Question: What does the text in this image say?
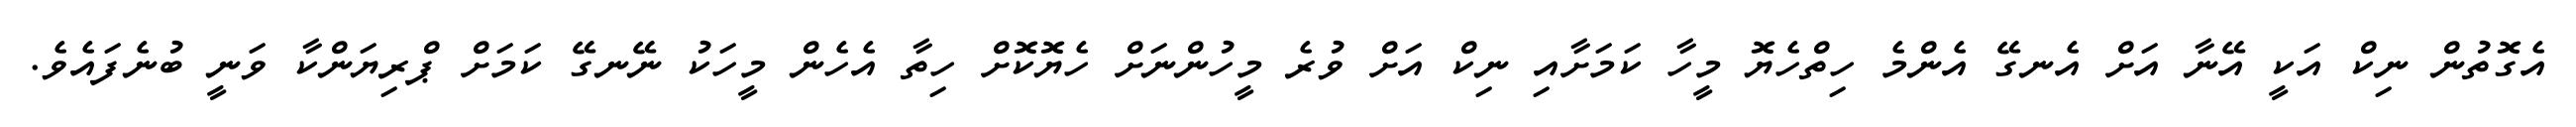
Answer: އެގޮތުން ނިކް އަކީ އޭނާ އަށް އެނގޭ އެންމެ ހިތްހެޔޮ މީހާ ކަމަށާއި ނިކް އަށް ވުރެ މީހުންނަށް ހެޔޮކޮށް ހިތާ އެހެން މީހަކު ނޭނގޭ ކަމަށް ޕްރިޔަންކާ ވަނީ ބުނެފައެވެ.